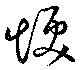
煥